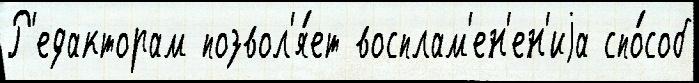
Р'едакторам позвол'я́ет восплам'ен'ен'иjа спо́соб